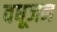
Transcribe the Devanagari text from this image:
वधूजन